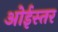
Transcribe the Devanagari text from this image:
ओईस्तर